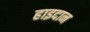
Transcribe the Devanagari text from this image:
हाइदान